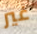
غير